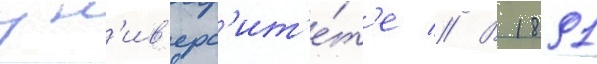
ун'ив'ерс'ит'е́т'е // В 1891